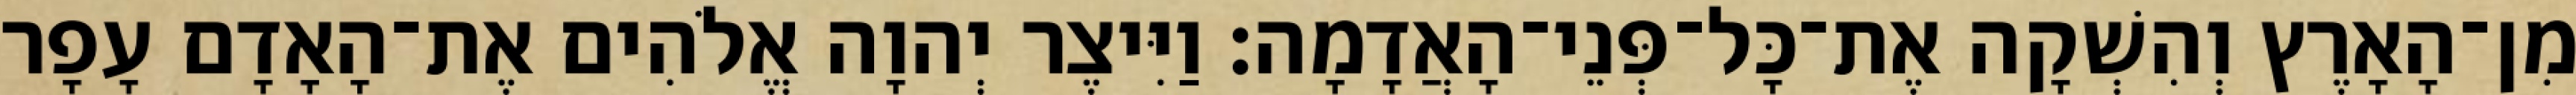
מִן־הָאָרֶץ וְהִשְׁקָה אֶת־כָּל־פְּנֵי־הָאֲדָמָה׃ וַיִּיצֶר יְהוָה אֱלֹהִים אֶת־הָאָדָם עָפָר